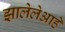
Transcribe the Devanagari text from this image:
झालेलेआहे